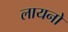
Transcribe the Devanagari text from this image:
लायनो